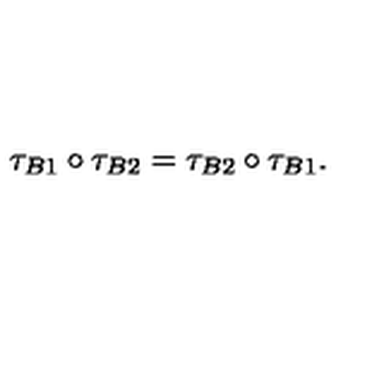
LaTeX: \tau _ { B 1 } \circ \tau _ { B 2 } = \tau _ { B 2 } \circ \tau _ { B 1 } .